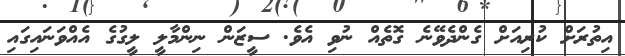
އިތުރަށް ކުރިއަށް ގެންދެވޭނެ ގޮތެއް ނުވި އެވެ. ސީޒަން ނިންމާލީ ލީގުގެ އެއްވަނައިގައި